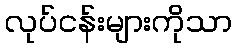
လုပ်ငန်းများကိုသာ